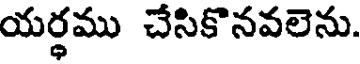
యర్థము చేసికొనవలెను.